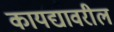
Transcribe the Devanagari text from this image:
कायद्यावरील